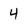
Character: 4